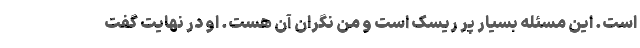
است. این مسئله بسیار پر ریسک است و من نگران آن هست. او در نهایت گفت